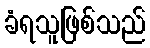
ခံရသူဖြစ်သည်